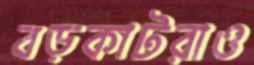
বড়কাটরাও